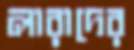
লারাদের